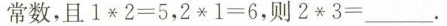
常数，且$$1 * 2 = 5$$，$$2 * 1 = 6$$，则$$2 * 3 = ___$$。